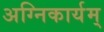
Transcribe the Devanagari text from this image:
अग्निकार्यम्